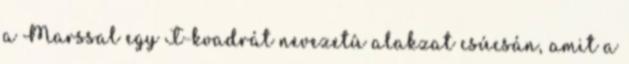
a Marssal egy T-kvadrát nevezetû alakzat csúcsán, amit a